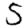
Digit: 5